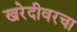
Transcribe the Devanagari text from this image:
खरेदीवरचा